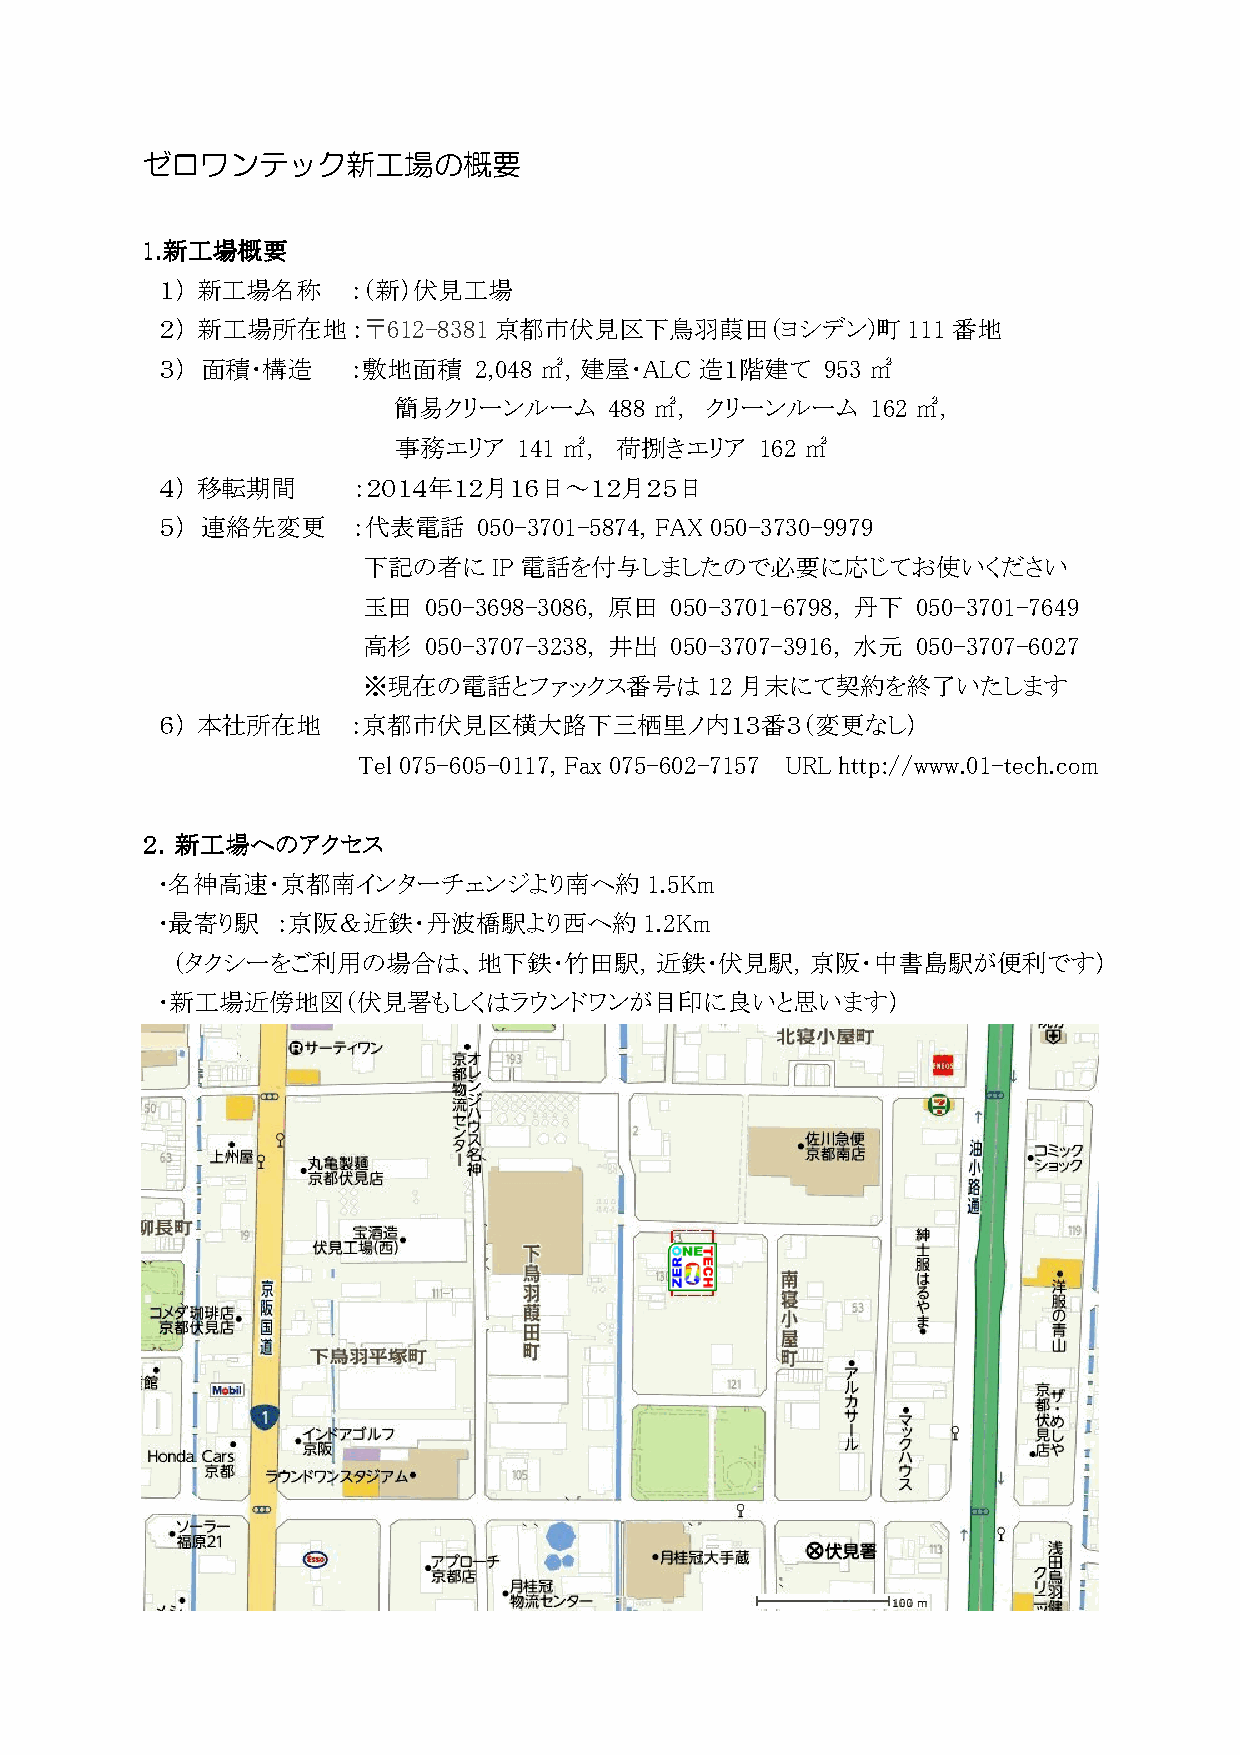
ゼロワンテック新工場の概要
 1111....新新新新工工工工場場場場概概概概要要要要
 １） 新工場名称    ：（新）伏見工場
 ２） 新工場所在地：〒612-8381   京都市伏見区下鳥羽葭田（ヨシデン)町         111 番地
 ３） 面積・構造    ：敷地面積    2,048 ㎡，建屋・ALC 造１階建て   953 ㎡
 簡易クリーンルーム     488 ㎡， クリーンルーム    162 ㎡，
 事務エリア   141 ㎡， 荷捌きエリア   162 ㎡
 ４） 移転期間     ：２０１４年１２月１６日～１２月２５日
 ５） 連絡先変更    ：代表電話    050-3701-5874, FAX 050-3730-9979
 下記の者に    IP電話を付与しましたので必要に応じてお使いください
 玉田  050-3698-3086, 原田 050-3701-6798, 丹下 050-3701-7649
 高杉  050-3707-3238, 井出 050-3707-3916, 水元 050-3707-6027
 ※現在の電話とファックス番号は        12 月末にて契約を終了いたします
 ６） 本社所在地    ：京都市伏見区横大路下三栖里ノ内１３番３（変更なし）
 Tel 075-605-0117, Fax 075-602-7157 URL http://www.01-tech.com
 ２２２２．．．．新新新新工工工工場場場場へへへへののののアアアアククククセセセセスススス
 ・名神高速・京都南インターチェンジより南へ約           1.5Km
 ・最寄り駅   ：京阪＆近鉄・丹波橋駅より西へ約         1.2Km
 （タクシーをご利用の場合は、地下鉄・竹田駅，近鉄・伏見駅，京阪・中書島駅が便利です）
 ・新工場近傍地図（伏見署もしくはラウンドワンが目印に良いと思います）